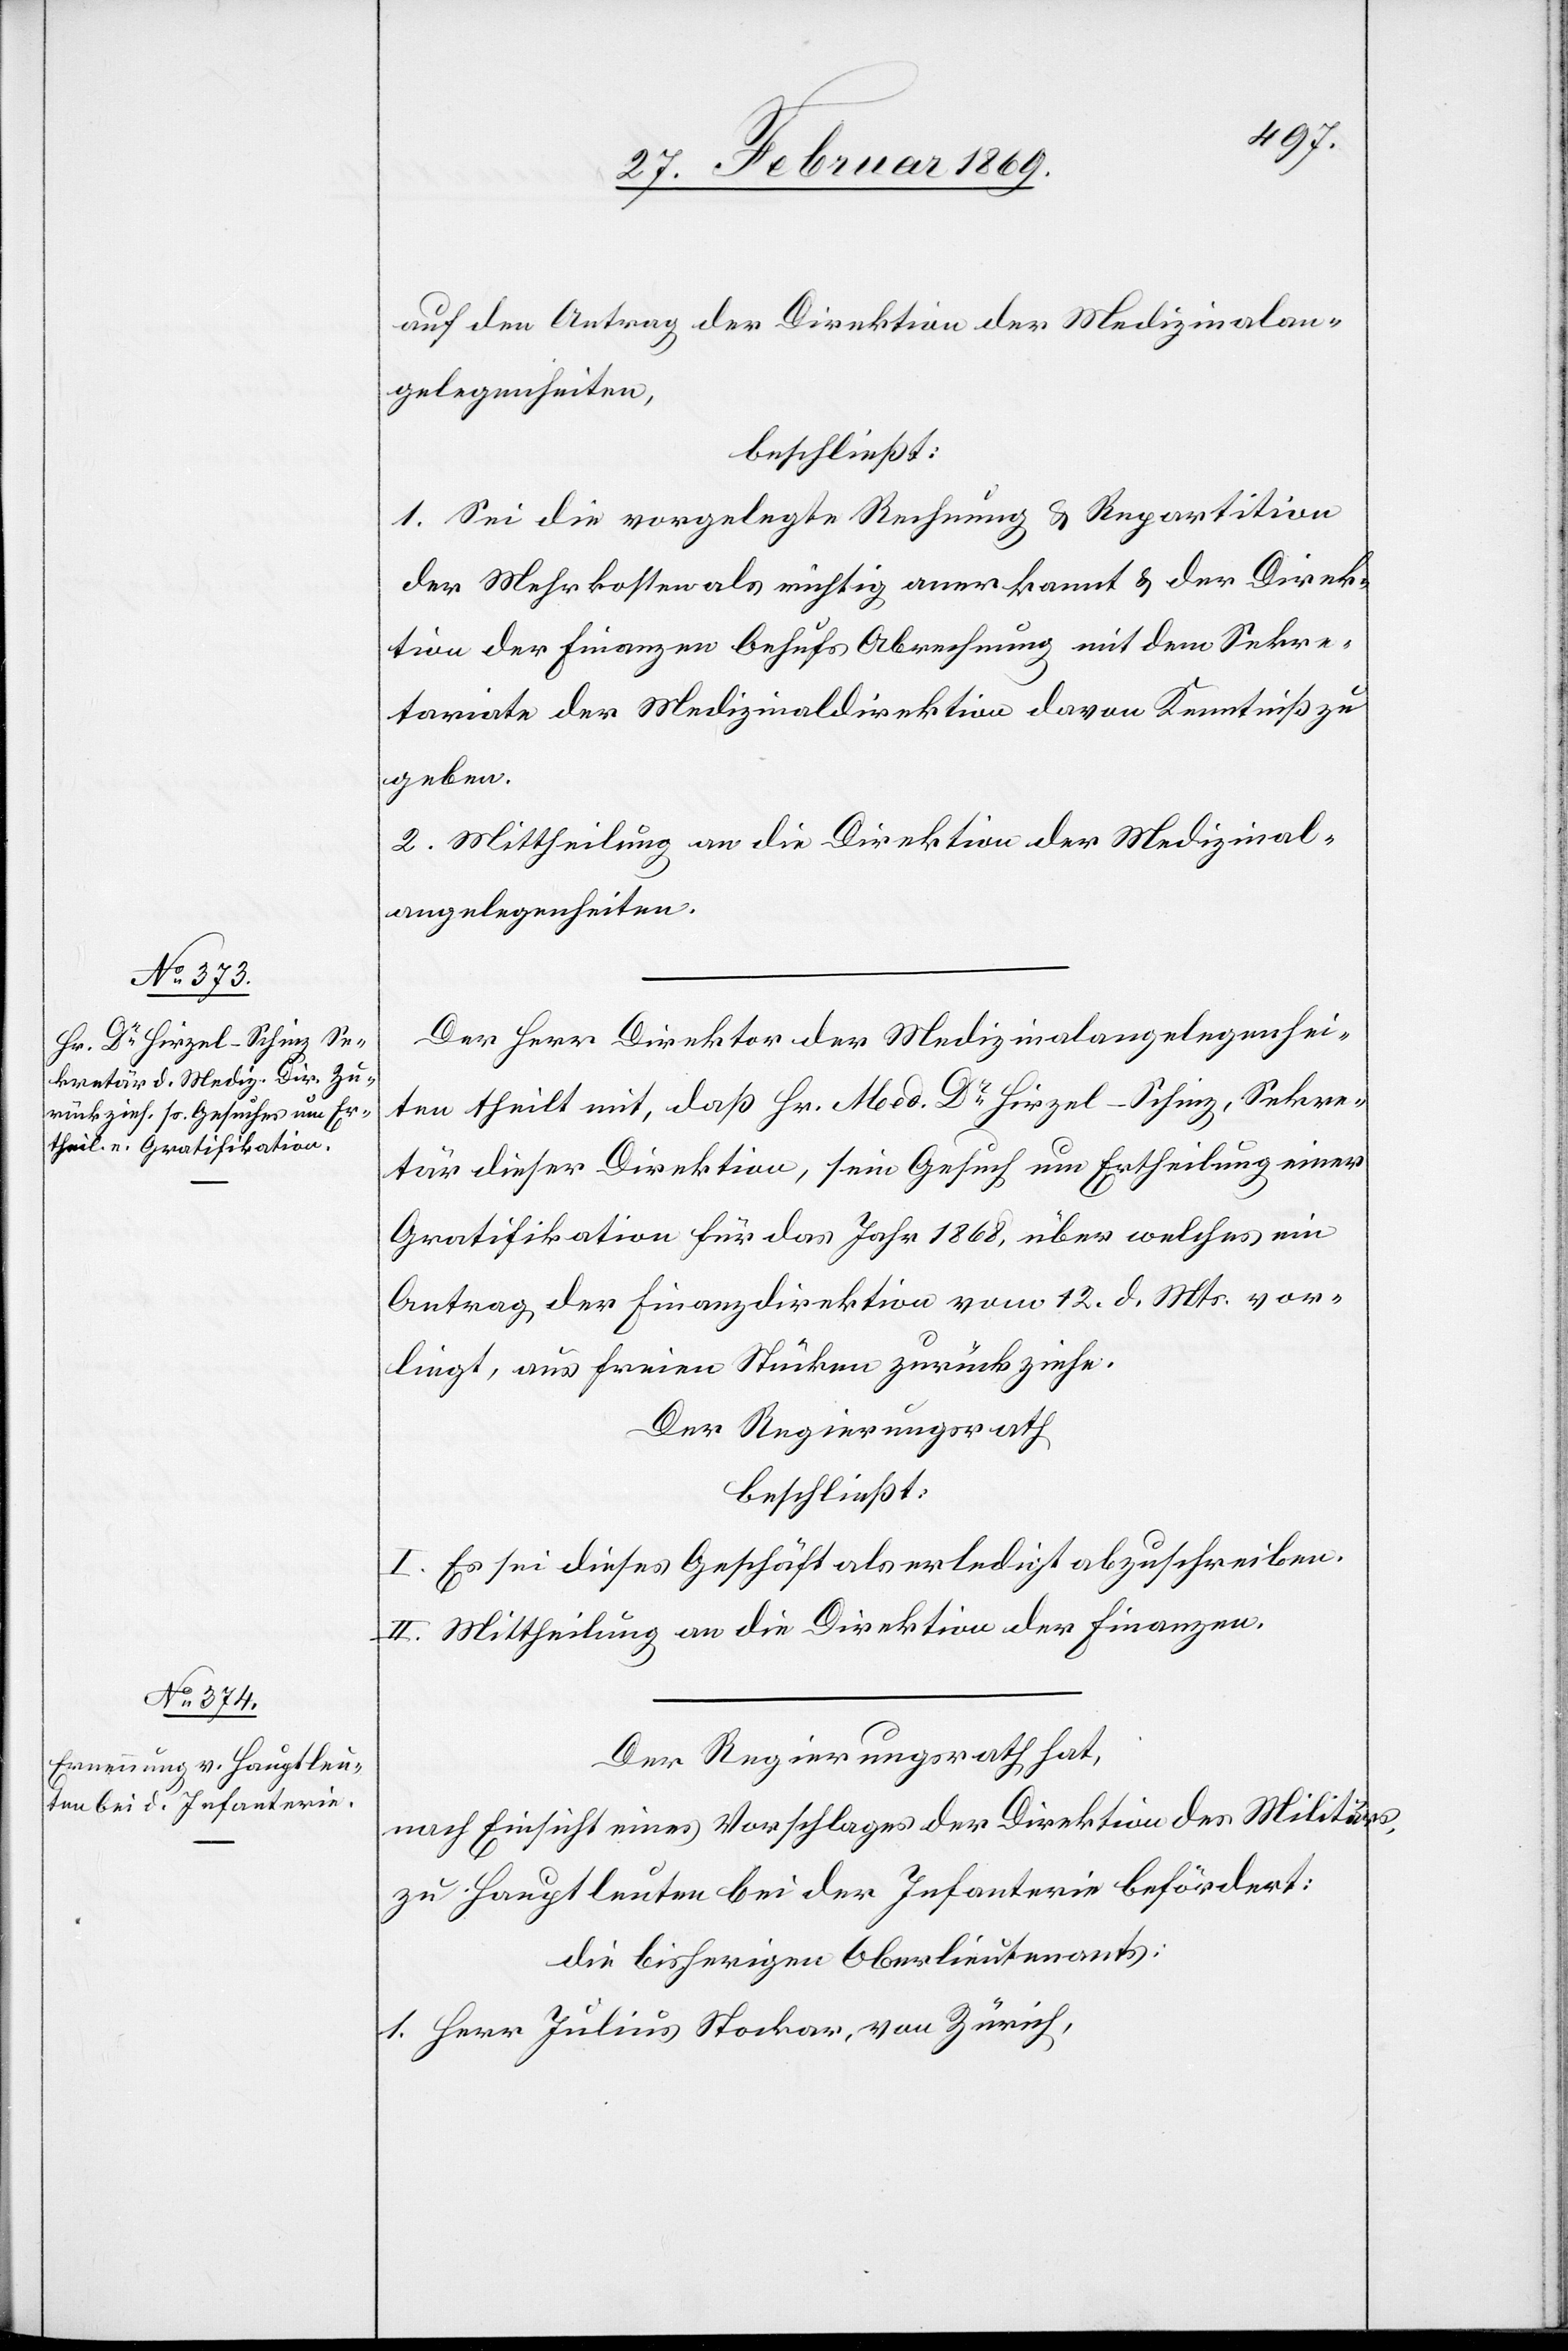
auf den Antrag der Direktion der Medizinalan¬
gelegenheiten,
beschließt:
1. Sei die vorgelegte Rechnung & Repartition
der Mehrkosten als richtig anerkannt & der Direk¬
tion der Finanzen behufs Abrechnung mit dem Sekre¬
tariate der Medizinaldirektion davon Kenntniß zu
geben.
2. Mittheilung an die Direktion der Medizinal¬
angelegenheiten.
Der Herr Direktor der Medizinalangelegenhei¬
ten theilt mit, daß Hr. Med Dr Hirzel-Schinz, Sekre¬
tär dieser Direktion, sein Gesuch um Ertheilung einer
Gratifikation für das Jahr 1868, über welches ein
Antrag der Finanzdirektion vom 12. d. Mts. vor¬
liegt, aus freien Stücken zurückziehe.
Der Regierungsrath
beschließt:
I. Es sei dieses Geschäft als erledigt abzuschreiben.
II. Mittheilung an die Direktion der Finanzen.
Der Regierungsrath hat,
nach Einsicht eines Vorschlages der Direktion des Militärs,
zu Hauptleuten bei der Infanterie befördert:
die bisherigen Oberlieutnants: